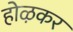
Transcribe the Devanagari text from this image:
होऴकर